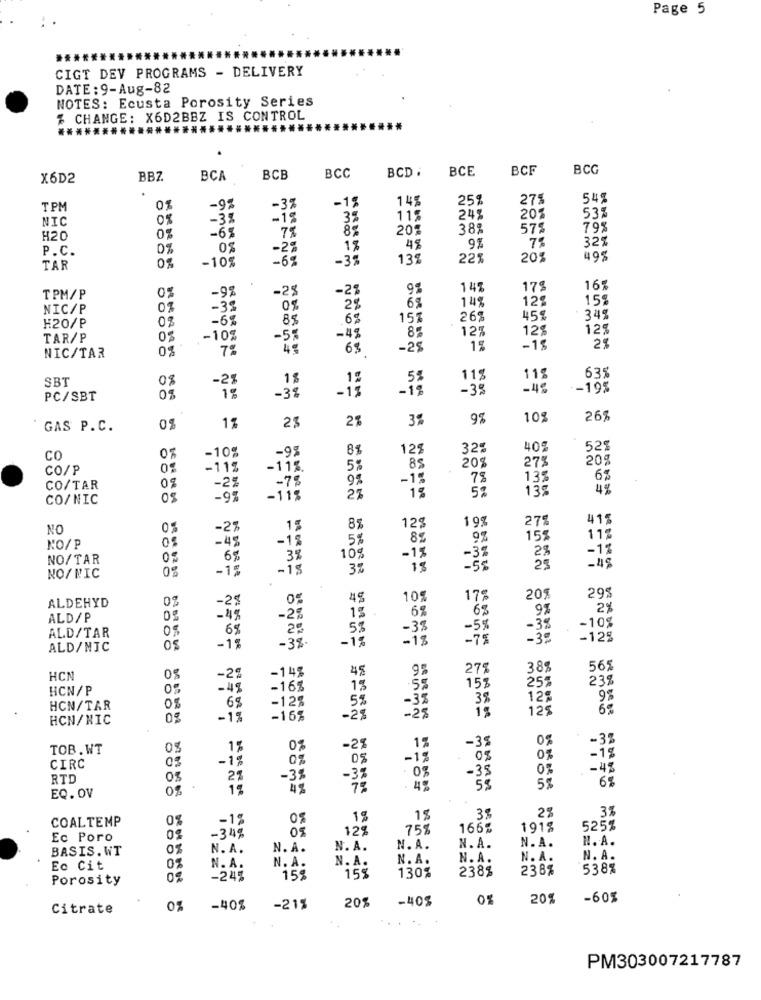
Page 5
CIGT DEV PROGRAMS - DELIVERY
DATE : 9-Aug-82
NOTES: Ecusta Porosity Series
% CHANGE: X6D2BBZ IS CONTROL
BCC
BCD .
BCE
BCF
BCG
X6D2
BBZ
BCA
BCB
-3%
-15
14%
25%
275
54%
TPM
-9%
53%
NIC
08
-3%
-15
3%
115
24%
201
-6%
8%
20%
38%
575
79%
H20
0%
9%
78
32%
P.C.
0%
OS
-2%
1%
48
-105
-35
13%
22%
20%
495
TAR
-92
-2%
-2%
91
14%
179
16%
TPM/P
6%
14%
12
158
NIC/P
0%
-33
0%
28
H20/P
0%
-6%
85
.68
15%
26%
45%
349
85
12%
12%
129
TAR/P
0%
-10%
-5%
-48
2%
NIC/TAR
0%
7%
63
-25
15
-1%
SBT
08
-2
1$
1%
5%
11%
11%
635
-38
-13
-15
-3%
-4%
-- 195
PC/SBT
05
2%
3%
9%
10%
26%
' GAS P. C.
0%
1%
2%
-10%
-9%
81
12%
32%
40ª
52
CO
20%
27%
20%
CO/P
-11%
-11%
5%
85
-25
-1%
7%
135
6%
CO/TAR
08
- 78
19
5%
13%
4%
CO/NIC
-9%
-115
2%
19%
275
415
NO
-2%
15
12%
-4%
-15
5%
8%
11%
NO/P
10g
28
-1%
NO/TAR
6%
38
-1%
-3%
-48
0%
-1%
-15
32
is
23
NO/NIC
ALDEHYD
0%
-25
45
10%
17%
20%
295
15 .
6%
68
91
2%
ALD/P
0%
-4%
-2%
-10%
ALD/TAR
20
-38
-5%
-3%
-1%
-13
- 75
-3º
-125
ALD/NIC
-15
-38-
-14%
45
9%
275
38%
565
HCN
-29
15%
25%
239
HCN/P
-49
-16%
13
.55
68
-12%
5
-3%
38
12ª
9%
HCN/TAR
-29
-25
15
125
HCN/NIC
08
-15
-16%
1%
-35
-32
TOB. WT
1%
-25
-1%
03
-18
05
-1%
0%
CIRC
-37
-38
-45
RTD
21
-38
6%
EQ. OV
.
15
4%
5%
3%
COALTEMP
-1%
1%
38
-349
0%
12%
755
166%
191%
525%
Ec Poro
N. A.
N.A.
BASIS.WT
N. A.
N. A.
N. A.
N. A.
N.A.
N. A.
N.A.
N.A.
N. A.
N. A.
N. A.
Ec Cit
N. A.
155
130%
238%
238%
538%
Porosity
-249
158
-40%
0%
20%
-605
Citrate
0%
-40%
-215
20%
PM303007217787